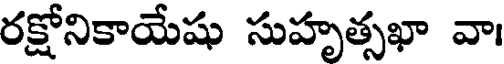
రక్షోనికాయేషు సుహృత్సఖా వా।